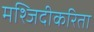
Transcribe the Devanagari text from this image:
मश्जिदीकरिता